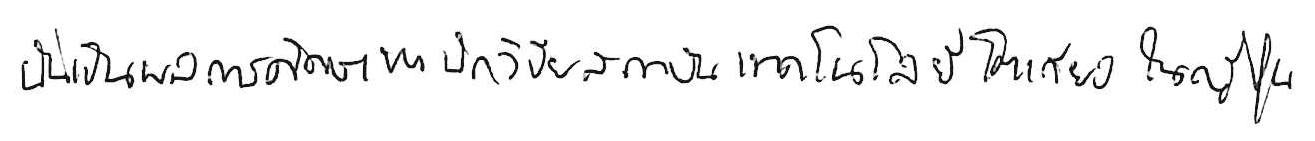
นั่นเป็นผลการศึกษาของนักวิจัยสถาบันเทคโนโลยีโตเกียว ในญี่ปุ่น